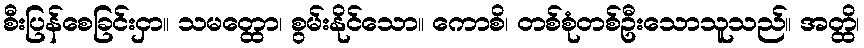
စီးပြန်စေခြင်းငှာ။ သမတ္ထော၊ စွမ်းနိုင်သော။ ကောစိ၊ တစ်စုံတစ်ဦးသောသူသည်။ အတ္ထိ၊